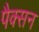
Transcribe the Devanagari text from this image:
पैक्सन